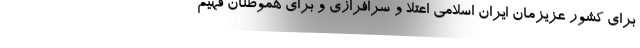
برای کشور عزیزمان ایران اسلامی اعتلا و سرافرازی و برای هموطنان فهیم